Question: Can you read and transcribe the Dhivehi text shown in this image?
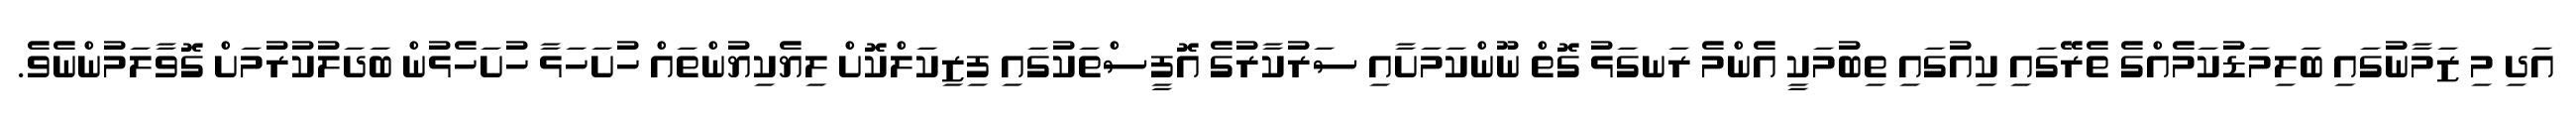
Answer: އަދި މި ޒަމާނުގައި ބަލިމަޑުކަމެއްގެ ތެރޭގައި ކިއުގައި ތިބުމަކީ އެންމެ ރަނގަޅު ގޮތް ނޫންކަމަށާއި ސަރުކާރުގެ އޮފީސްތަކުގައި ފިޒިކަލްކޮށް ލިޔެކިޔުންތައް ހުށަހަޅާ ހުށަހެޅުން ބަދަލުކުރުމަށް ގޮވާލަމުންނެވެ.